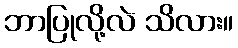
ဘာပြုလို့လဲ သိလား။